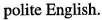
polite English.